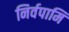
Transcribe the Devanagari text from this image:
निर्वपामि